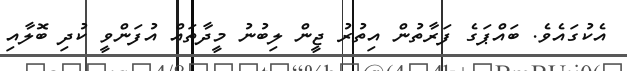
އެކުގައެވެ. ބައްޕަގެ ފަރާތުން އިތުުރު ޖީން ލިބުނު މީދާތައް އުފަންވީ ކުދި ބޮލާއި